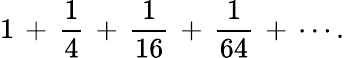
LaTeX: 1\, +\, {\frac{1}{4}}\, +\, {\frac{1}{16}}\, +\, {\frac{1}{64}}\, +\, \cdots.